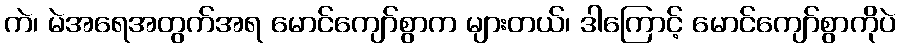
ကဲ၊ မဲအရေအတွက်အရ မောင်ကျော်စွာက များတယ်၊ ဒါကြောင့် မောင်ကျော်စွာကိုပဲ